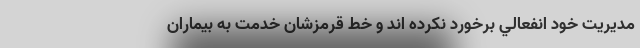
مديريت خود انفعالي برخورد نكرده اند و خط قرمزشان خدمت به بيماران